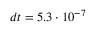
d t = 5 . 3 \cdot 1 0 ^ { - 7 }